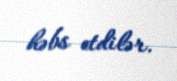
həbs etdilər.